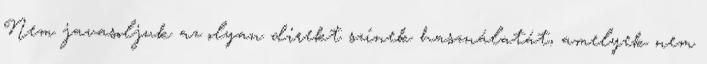
Nem javasoljuk az olyan direkt színek használatát, amelyek nem